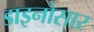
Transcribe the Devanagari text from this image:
डाइनोसार